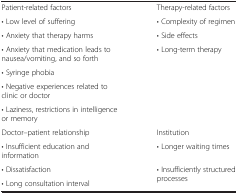
<table><thead><tr><td><b> </b></td><td><b> </b></td></tr></thead><tbody><tr><td>Patient-related factors</td><td>Therapy-related factors</td></tr><tr><td>• Low level of suffering</td><td>• Complexity of regimen</td></tr><tr><td>• Anxiety that therapy harms</td><td>• Side effects</td></tr><tr><td>• Anxiety that medication leads to nausea/vomiting, and so forth</td><td>• Long-term therapy</td></tr><tr><td>• Syringe phobia</td><td> </td></tr><tr><td>• Negative experiences related to clinic or doctor</td><td> </td></tr><tr><td>• Laziness, restrictions in intelligence or memory</td><td> </td></tr><tr><td>Doctor–patient relationship</td><td>Institution</td></tr><tr><td>• Insufficient education and information</td><td>• Longer waiting times</td></tr><tr><td>• Dissatisfaction</td><td>• Insufficiently structured processes</td></tr><tr><td>• Long consultation interval</td><td> </td></tr></tbody></table>